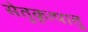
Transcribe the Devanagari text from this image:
सेतुकृत्पातु